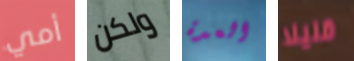
أمي ولكن العدة قليلا